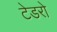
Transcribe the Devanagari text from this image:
टेडरो